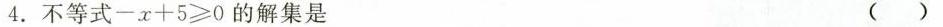
4.不等式$$- x + 5 ≥ 0$$的解集是 ( )